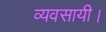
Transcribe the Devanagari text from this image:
व्यवसायी।